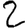
Digit: 2